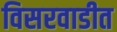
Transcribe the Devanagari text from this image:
विसरवाडीत